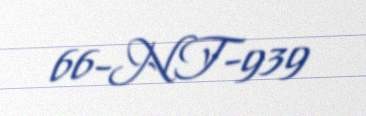
66-NT-939